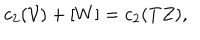
c _ { 2 } ( \mathcal { V } ) + [ W ] = c _ { 2 } ( T Z ) ,